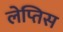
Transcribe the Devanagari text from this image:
लेप्तिस